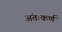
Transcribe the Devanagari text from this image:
अंतःकर्ण